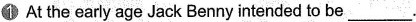
1At the early age Jack Benny intended to be___.